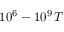
1 0 ^ { 6 } - 1 0 ^ { 9 } \, T